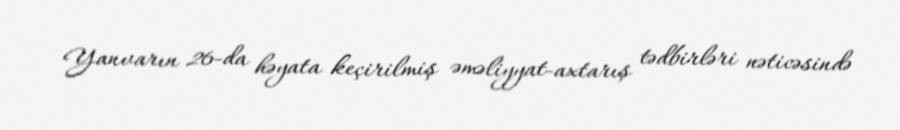
Yanvarın 26-da həyata keçirilmiş əməliyyat-axtarış tədbirləri nəticəsində